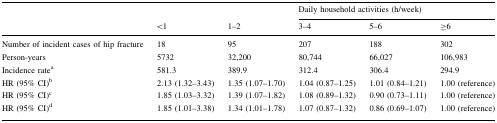
|  |  |  | <COLSPAN=3> Daily household activities (h/week) |
 |  | <1 | 1–2 | 3–4 | 5–6 | ≥6 |
 | --- | --- | --- | --- | --- | --- |
 | Number of incident cases of hip fracture | 18 | 95 | 207 | 188 | 302 |
 | Person-years | 5732 | 32,200 | 80,744 | 66,027 | 106,983 |
 | Incidence ratea | 581.3 | 389.9 | 312.4 | 306.4 | 294.9 |
 | HR (95% CI)b | 2.13 (1.32–3.43) | 1.35 (1.07–1.70) | 1.04 (0.87–1.25) | 1.01 (0.84–1.21) | 1.00 (reference) |
 | HR (95% CI)c | 1.85 (1.03–3.32) | 1.39 (1.07–1.82) | 1.08 (0.89–1.32) | 0.90 (0.73–1.11) | 1.00 (reference) |
 | HR (95% CI)d | 1.85 (1.01–3.38) | 1.34 (1.01–1.78) | 1.07 (0.87–1.32) | 0.86 (0.69–1.07) | 1.00 (reference) |